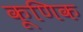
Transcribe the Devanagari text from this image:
कूणिक